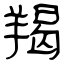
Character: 羯